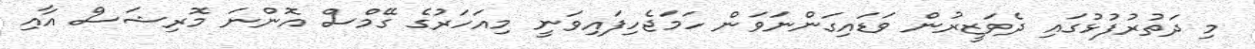
މި ދަތުރުފުޅުގައި ދެވަޒީރުން ވަޑައިގަންނަވަން ހަމަޖެހިފައިވަނީ މިއަހަރުގެ ގޭމްސް އޮންނަ މޮރިޝަސް އާއި